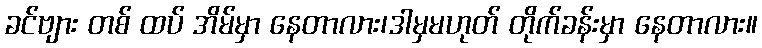
ခင်ဗျား တစ် ထပ် အိမ်မှာ နေတာလား၊ဒါမှမဟုတ် တိုက်ခန်းမှာ နေတာလား။